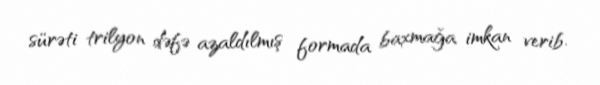
sürəti trilyon dəfə azaldılmış formada baxmağa imkan verib.